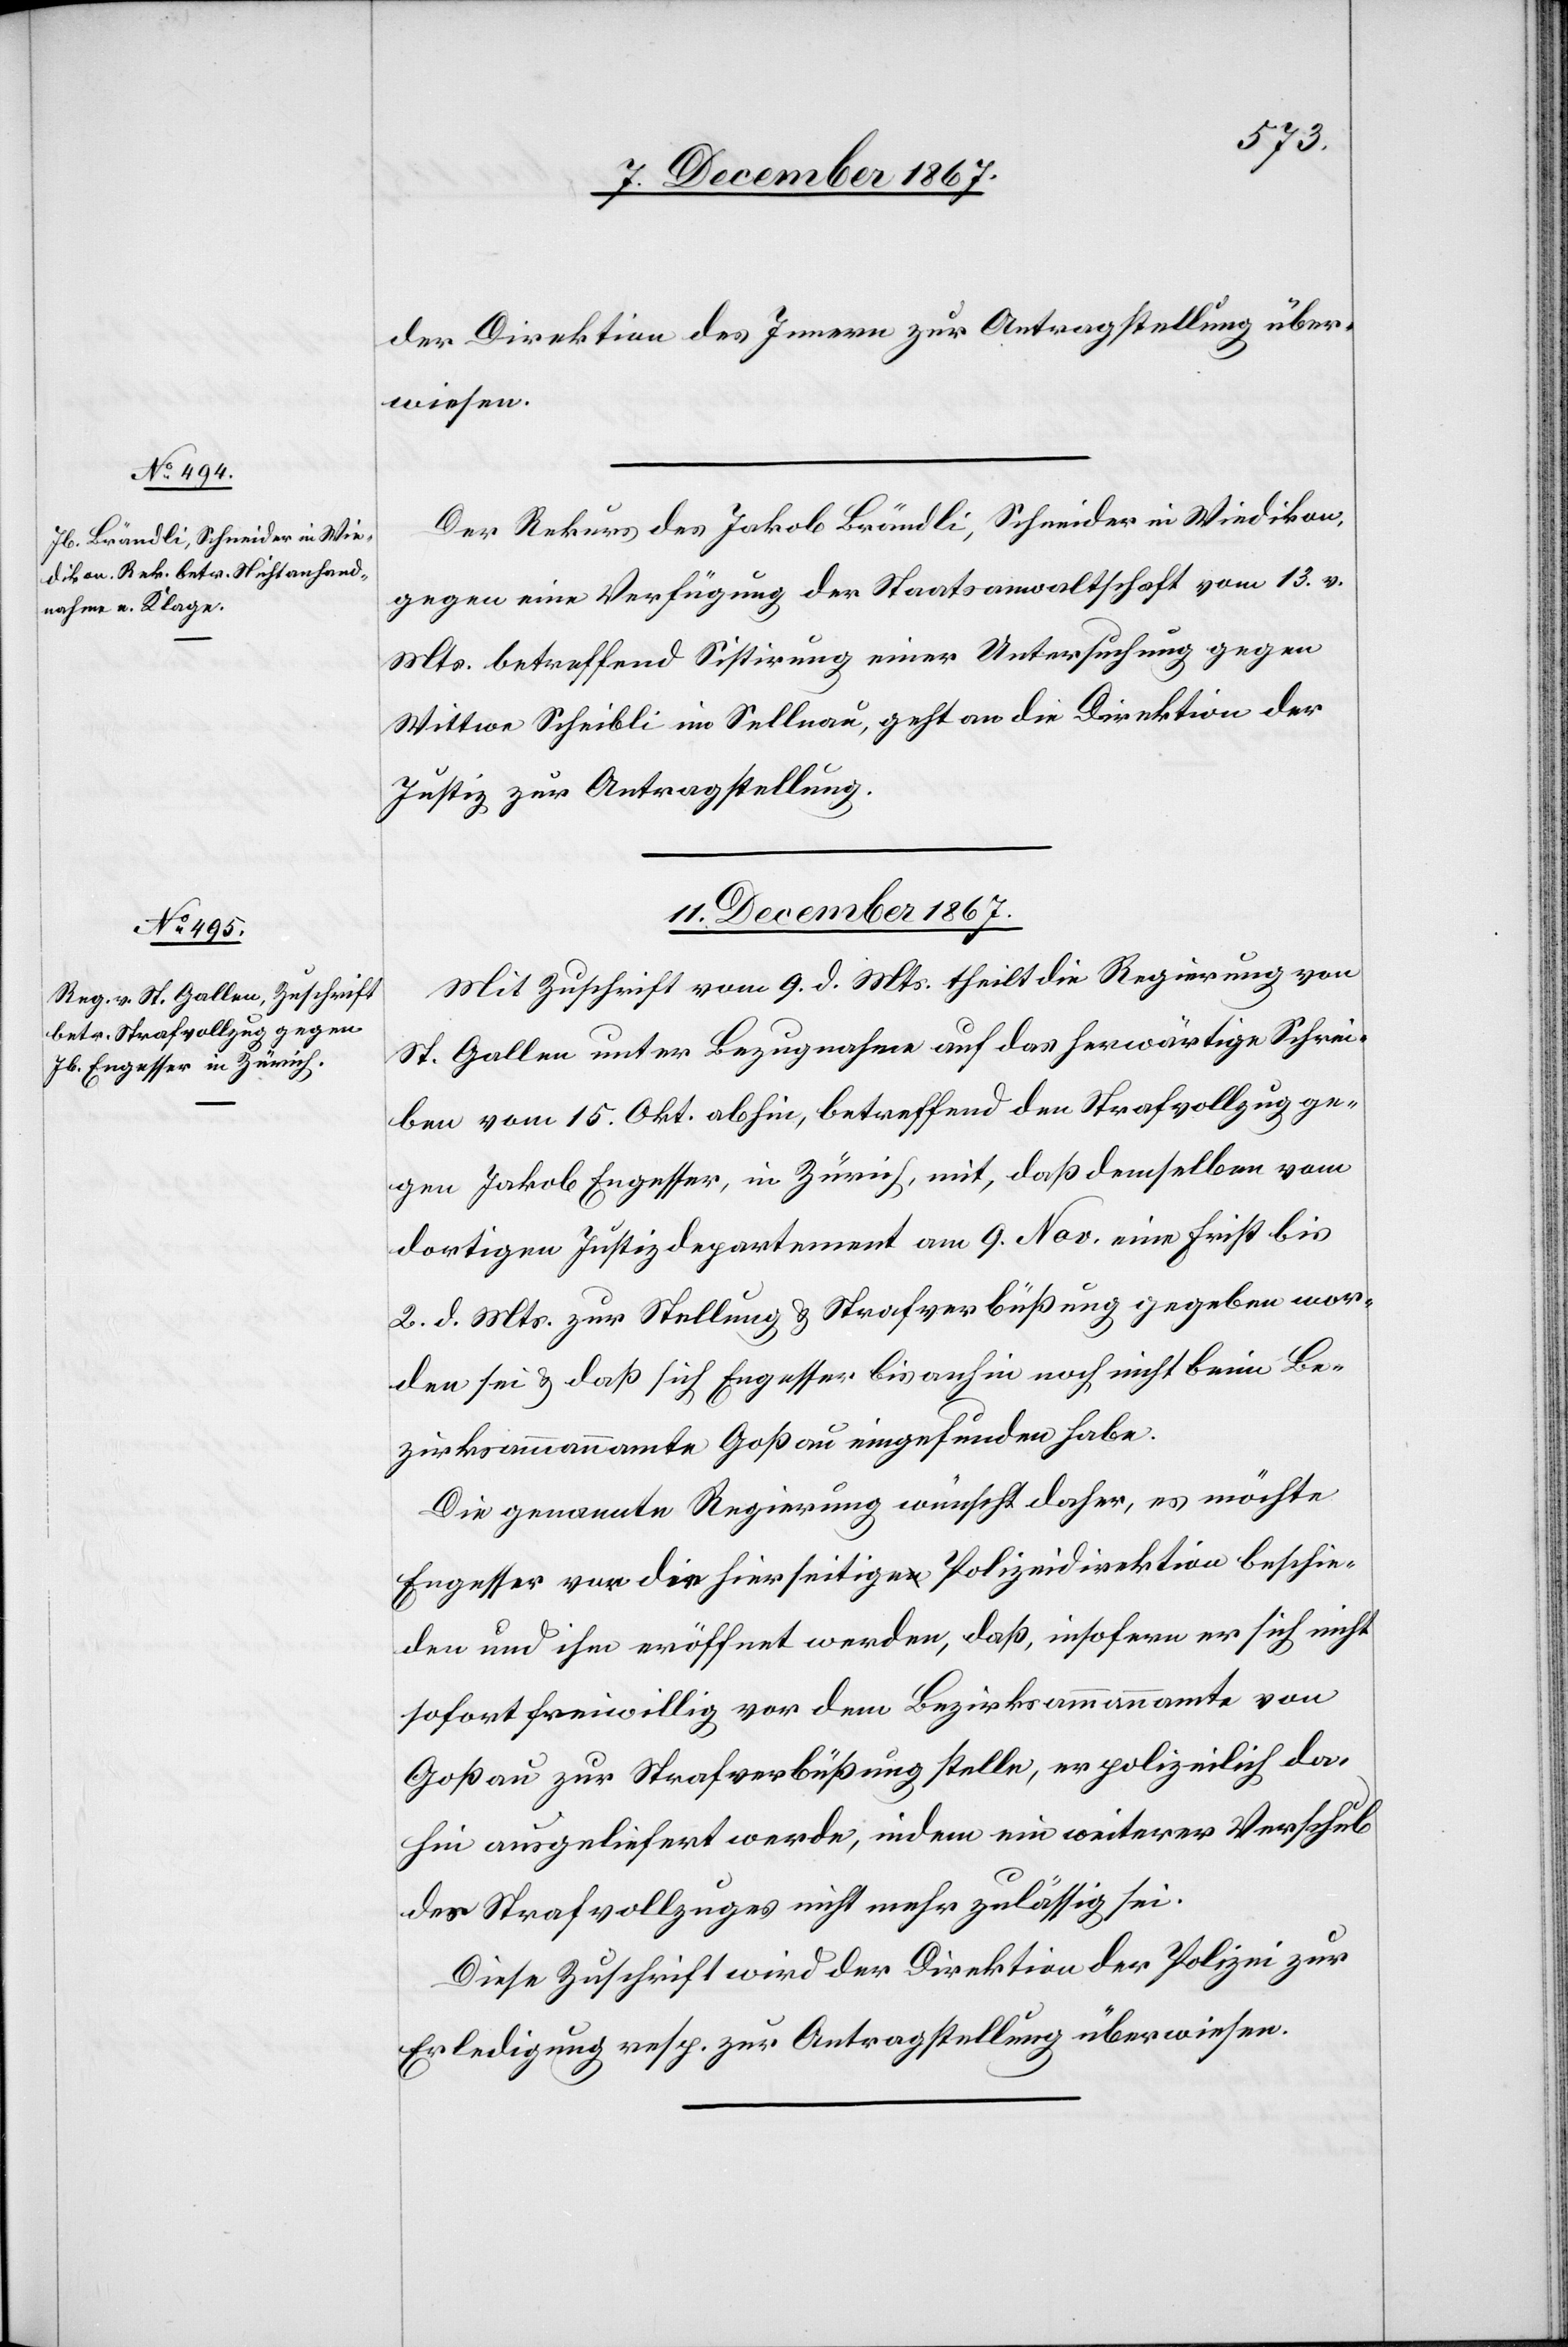
11. December 1867.
der Direktion des Innern zur Antragstellung über¬
wiesen.
Der Rekurs des Jakob Brändli, Schneider in Wiedikon,
gegen eine Verfügung der Staatsanwaltschaft vom 13. v.
Mts. betreffend Sistirung einer Untersuchung gegen
Wittwe Scheibli in Sellnau, geht an die Direktion der
Justiz zur Antragstellung.
Mit Zuschrift vom 9. d. Mts. theilt die Regierung von
St. Gallen unter Bezugnahme auf das herwärtige Schrei¬
ben vom 15. Okt. abhin, betreffend den Strafvollzug ge¬
gen Jakob Engesser, in Zürich. mit, daß demselben vom
dortigen Justizdepartement am 9. Nov. eine Frist bis
2. d. Mts. zur Stellung u. Strafverbüßung gegeben wor¬
den sei u. daß sich Engesser bis anhin noch nicht beim Be¬
zirksammannamte Goßau eingefunden habe.
Die genannte Regierung wünscht daher, es möchte
Engesser vor die hierseitige Polizeidirektion beschie¬
den und ihm eröffnet werden, daß, insofern er sich nicht
sofort freiwillig vor dem Bezirksammmannamte von
Goßau zur Strafverbüßung stelle, er polizeilich da¬
hin ausgeliefert werde, indem ein weiterer Verschub
des Strafvollzugs nicht mehr zulässig sei.
Diese Zuschrift wird der Direktion der Polizei zur
Erledigung resp. zur Antragstellung überwiesen.